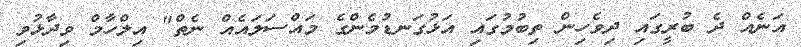
އަނެއް ދެ ބުރީގައި ދިވެހިން ތިބުމުގައި އަޅުގަނޑުމެންގެ މައްސަލައެއް ނެތް" އިލްހާމް ވިދާޅުވި